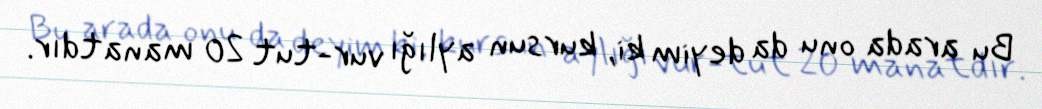
Bu arada onu da deyim ki, kursun aylığı vur-tut 20 manatdır.